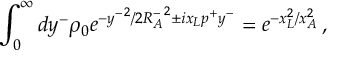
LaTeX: \int _ { 0 } ^ { \infty } d y ^ { - } \rho _ { 0 } e ^ { - { y ^ { - } } ^ { 2 } / 2 { R _ { A } ^ { - } } ^ { 2 } \pm i x _ { L } p ^ { + } y ^ { - } } = e ^ { - x _ { L } ^ { 2 } / x _ { A } ^ { 2 } } \, ,